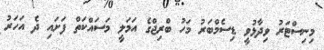
މިނިސްޓަރު ވިދާޅުވީ ޑިސެމްބަރު މަހު ބްރިޖްގެ އަމަލީ މަސައްކަތް ފަށައި ދެ އަހަރު